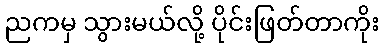
ညကမှ သွားမယ်လို့ ပိုင်းဖြတ်တာကိုး